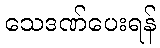
သေဒဏ်ပေးရန်